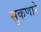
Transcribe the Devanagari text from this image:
सुकणारे